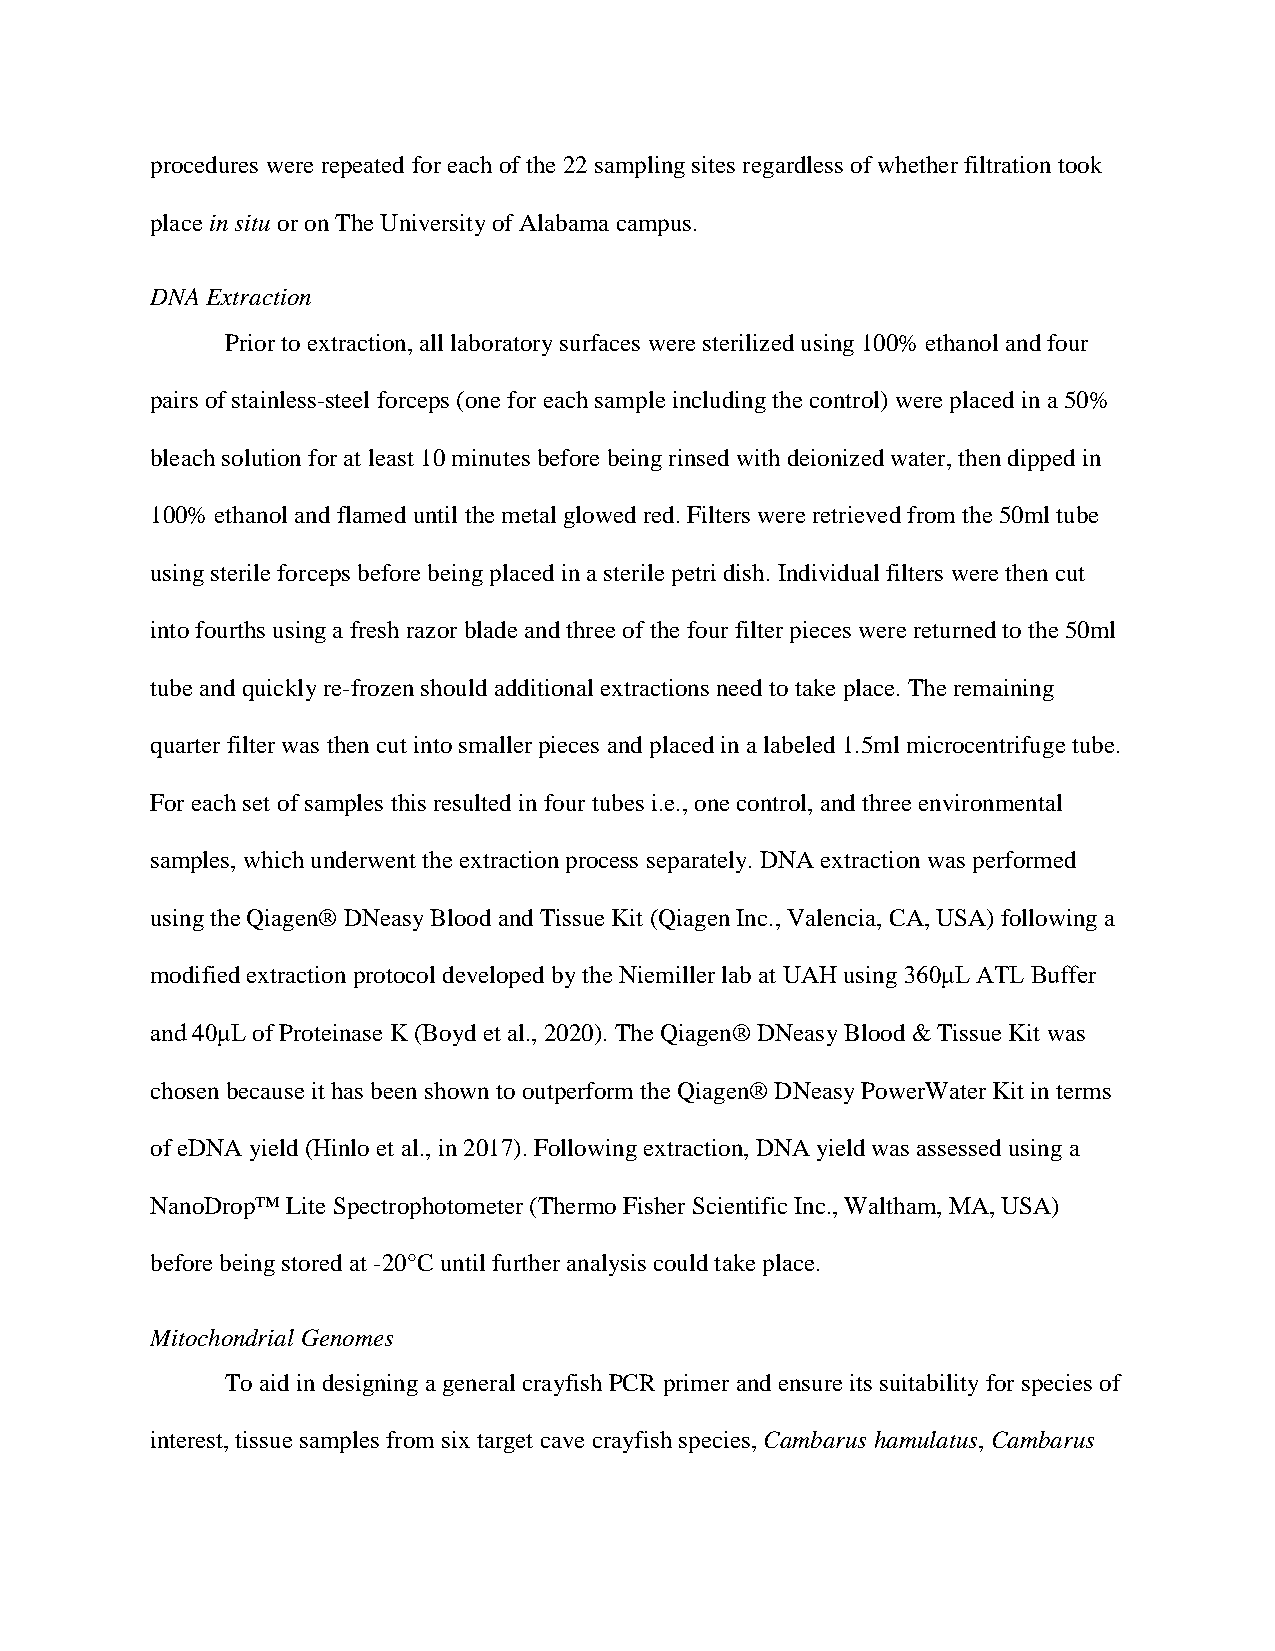
procedures were repeated for each of the 22 sampling sites regardless of whether filtration took
 place in situ or on The University of Alabama campus.
 DNA Extraction
 Prior to extraction, all laboratory surfaces were sterilized using 100% ethanol and four
 pairs of stainless-steel forceps (one for each sample including the control) were placed in a 50%
 bleach solution for at least 10 minutes before being rinsed with deionized water, then dipped in
 100% ethanol and flamed until the metal glowed red. Filters were retrieved from the 50ml tube
 using sterile forceps before being placed in a sterile petri dish. Individual filters were then cut
 into fourths using a fresh razor blade and three of the four filter pieces were returned to the 50ml
 tube and quickly re-frozen should additional extractions need to take place. The remaining
 quarter filter was then cut into smaller pieces and placed in a labeled 1.5ml microcentrifuge tube.
 For each set of samples this resulted in four tubes i.e., one control, and three environmental
 samples, which underwent the extraction process separately. DNA extraction was performed
 using the Qiagen® DNeasy Blood and Tissue Kit (Qiagen Inc., Valencia, CA, USA) following a
 modified extraction protocol developed by the Niemiller lab at UAH using 360μL ATL Buffer
 and 40μL of Proteinase K (Boyd et al., 2020). The Qiagen® DNeasy Blood & Tissue Kit was
 chosen because it has been shown to outperform the Qiagen® DNeasy PowerWater Kit in terms
 of eDNA yield (Hinlo et al., in 2017). Following extraction, DNA yield was assessed using a
 NanoDrop™ Lite Spectrophotometer (Thermo Fisher Scientific Inc., Waltham, MA, USA)
 before being stored at -20°C until further analysis could take place.
 Mitochondrial Genomes
 To aid in designing a general crayfish PCR primer and ensure its suitability for species of
 interest, tissue samples from six target cave crayfish species, Cambarus hamulatus, Cambarus